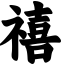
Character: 禧